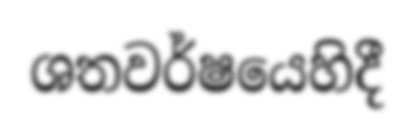
ශතවර්ෂයෙහිදී